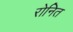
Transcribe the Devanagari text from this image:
रोनित